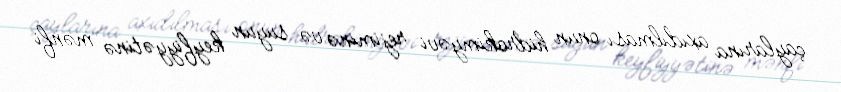
çaylarına axıdılması onun hidrokimyəvi rejiminə və suyun keyfiyyətinə mənfi